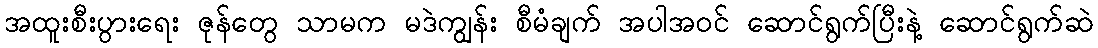
အထူးစီးပွားရေး ဇုန်တွေ သာမက မဒဲကျွန်း စီမံချက် အပါအဝင် ဆောင်ရွက်ပြီးနဲ့ ဆောင်ရွက်ဆဲ